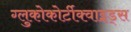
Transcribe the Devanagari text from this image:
ग्लुकोकोर्टीक्वाइड्स